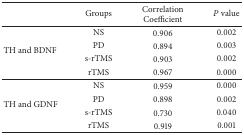
|  | Groups | Correlation Coefficient | P value |
 | --- | --- | --- | --- |
 | <ROWSPAN=4> TH and BDNF | NS | 0.906 | 0.002 |
 | PD | 0.894 | 0.003 |
 | s-rTMS | 0.903 | 0.002 |
 | rTMS | 0.967 | 0.000 |
 | <ROWSPAN=4> TH and GDNF | NS | 0.959 | 0.000 |
 | PD | 0.898 | 0.002 |
 | s-rTMS | 0.730 | 0.040 |
 | rTMS | 0.919 | 0.001 |